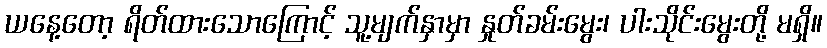
ယနေ့တော့ ရိတ်ထားသောကြောင့် သူ့မျက်နှာမှာ နှုတ်ခမ်းမွေး၊ ပါးသိုင်းမွေးတို့ မရှိ။